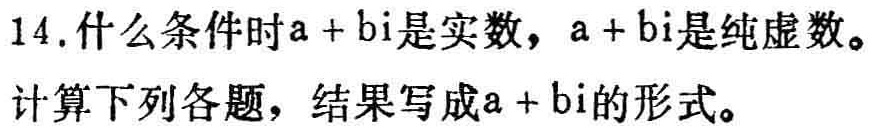
14. 什么条件时\(a + bi\)是实数，\(a + bi\)是纯虚数。
计算下列各题，结果写成\(a + bi\)的形式。